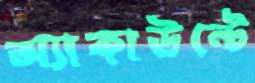
অ্যাকাউন্টে